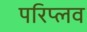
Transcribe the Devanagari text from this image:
परिप्लव